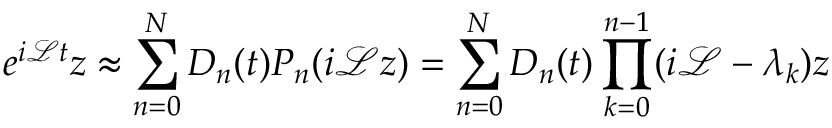
e ^ { i \mathcal { L } t } z \approx \sum _ { n = 0 } ^ { N } D _ { n } ( t ) P _ { n } ( i \mathcal { L } z ) = \sum _ { n = 0 } ^ { N } D _ { n } ( t ) \prod _ { k = 0 } ^ { n - 1 } ( i \mathcal { L } - \lambda _ { k } ) z